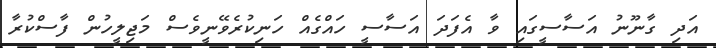
އަދި ގާނޫނު އަސާސީގައި ވާ އެފަދަ އަސާސީ ހައްގެއް ހަނިކުރެވޭނީވެސް މަޖިލީހުން ފާސްކުރާ